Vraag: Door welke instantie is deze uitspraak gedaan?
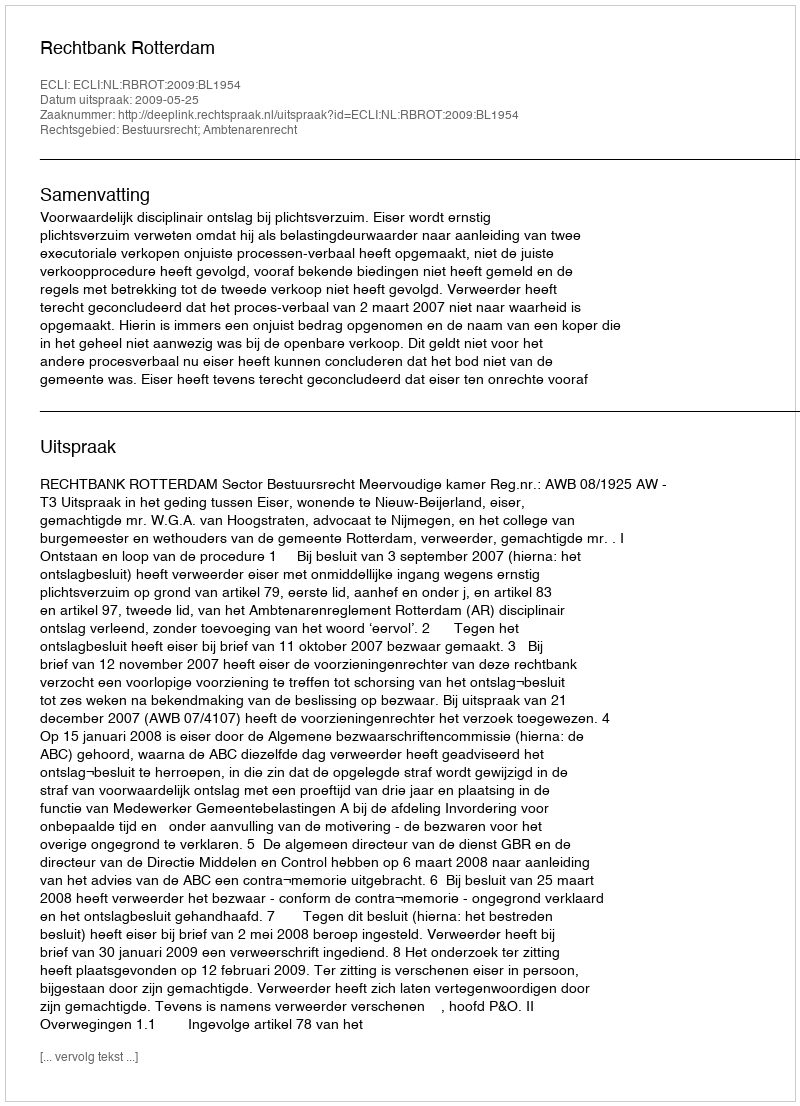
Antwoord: Rechtbank Rotterdam